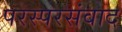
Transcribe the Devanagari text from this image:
परस्परसंवाद